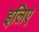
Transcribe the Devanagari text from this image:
इलिए